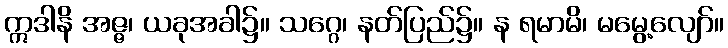
ဣဒါနိ အဇ္ဇ၊ ယခုအခါ၌။ သဂ္ဂေ၊ နတ်ပြည်၌။ န ရမာမိ၊ မမွေ့လျော်။